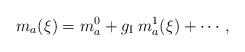
LaTeX: \begin{align*}m_a(\xi) = m_a^0 + g_{\rm I}\; m_a^1(\xi) + \cdots , \end{align*}